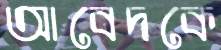
আবেদকে